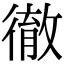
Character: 徹